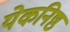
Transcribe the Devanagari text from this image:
येकनिष्ठ